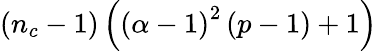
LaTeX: \left(n_{c}-1\right)\left(\left(\alpha-1\right)^{2}\left(p-1\right)+1\right)